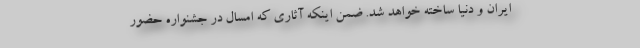
ایران و دنیا ساخته خواهد شد. ضمن اینکه آثاری که امسال در جشنواره حضور